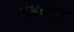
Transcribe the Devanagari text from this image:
महारात्रि